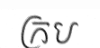
ក្រប